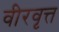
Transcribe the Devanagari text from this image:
वीरवृत्त